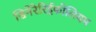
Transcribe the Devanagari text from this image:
सिनेरेरिईफोलियम